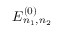
E _ { n _ { 1 } , n _ { 2 } } ^ { ( 0 ) }